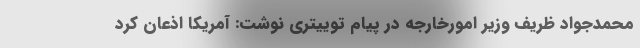
محمدجواد ظریف وزیر امورخارجه در پیام توییتری نوشت: آمریکا اذعان کرد